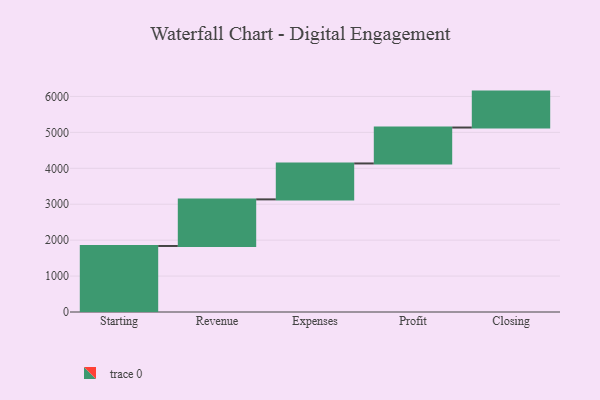
{"axis": {"x": "Step", "y": "Value"}, "legend": [""], "data": [{"x": "Starting", "y": 1838.0, "type": ""}, {"x": "Revenue", "y": 1297.0, "type": ""}, {"x": "Expenses", "y": 1000, "type": ""}, {"x": "Profit", "y": 1000, "type": ""}, {"x": "Closing", "y": 1000, "type": ""}]}